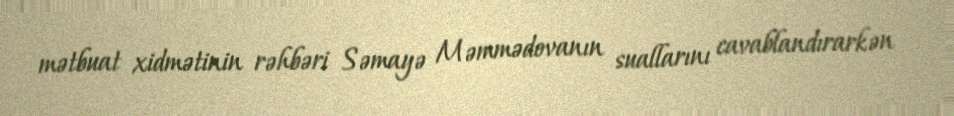
mətbuat xidmətinin rəhbəri Səmayə Məmmədovanın suallarını cavablandırarkən